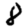
Digit: 8